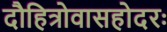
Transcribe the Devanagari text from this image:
दौहित्रोवासहोदरः